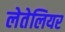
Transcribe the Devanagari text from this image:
लेतेलियर